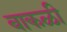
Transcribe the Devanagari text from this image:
बाकळी